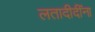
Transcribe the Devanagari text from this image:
लतादीदींना